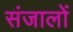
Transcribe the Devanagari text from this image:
संजालों